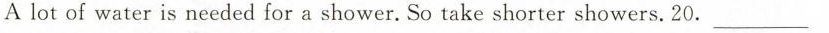
Alot of water is needed for a shower. So take shorter showers.20.___